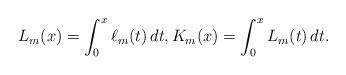
LaTeX: \begin{align*} L_m(x) = \int_0^x \ell_m(t)\,dt, K_m(x) = \int_0^x L_m(t)\,dt.\end{align*}